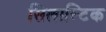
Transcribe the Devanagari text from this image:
सिलास्टिक